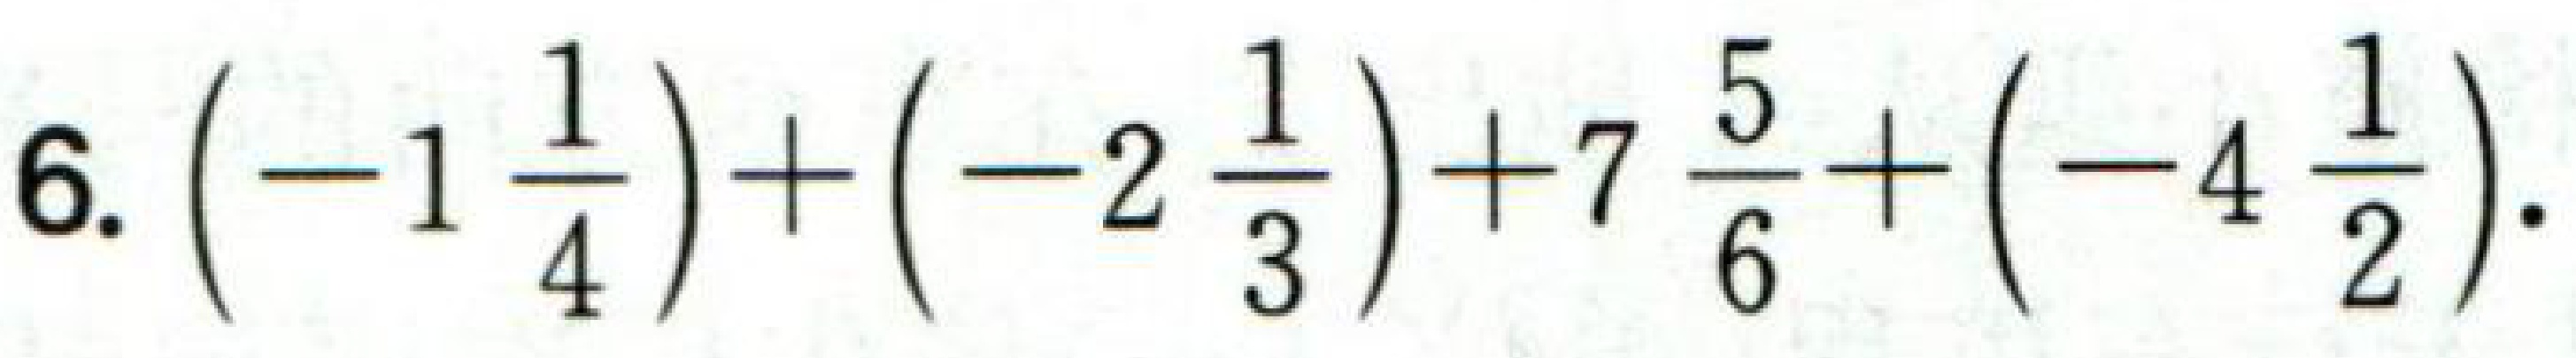
6. $\left(-1\frac{1}{4}\right)+\left(-2\frac{1}{3}\right)+7\frac{5}{6}+\left(-4\frac{1}{2}\right)$.